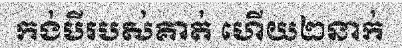
កង់បីរបស់គាត់ ហើយ២នាក់